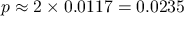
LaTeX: \textstyle p \approx 2 \times 0 . 0 1 1 7 = 0 . 0 2 3 5